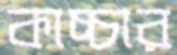
কাচ্চার